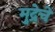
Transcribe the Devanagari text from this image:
मुद्रेचे